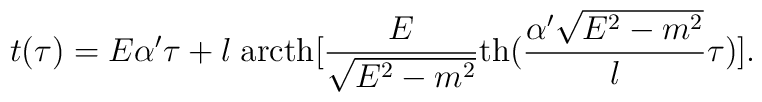
t(\tau)=E\alpha'\tau+l\;\mbox{arcth}[\frac{E}{\sqrt{E^2-m^2}}\mbox{th}(\frac{\alpha'\sqrt{E^2-m^2}}{l}\tau)].